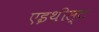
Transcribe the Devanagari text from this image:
एइथीस्ट